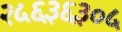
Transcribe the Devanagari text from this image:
२५६३६३०५